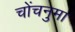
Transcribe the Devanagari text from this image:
चोंचनुमा